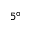
5 ^ { \circ }